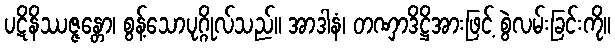
ပဋိနိဿဇ္ဇန္တော၊ စွန့်သောပုဂ္ဂိုလ်သည်။ အာဒါနံ၊ တဏှာဒိဋ္ဌိအားဖြင့် စွဲလမ်းခြင်းကို။